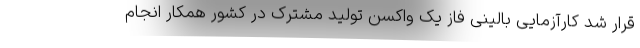
قرار شد کارآزمایی بالینی فاز یک واکسن تولید مشترک در کشور همکار انجام